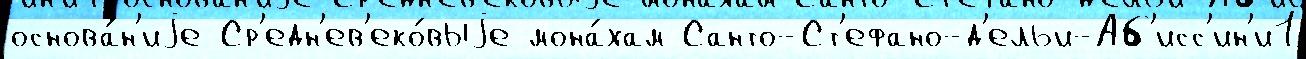
основа́н'иjе Ср'едн'ев'еко́выjе мона́хам Санто-Ст'ефано-д'ельи-Аб'исс'ин'и1